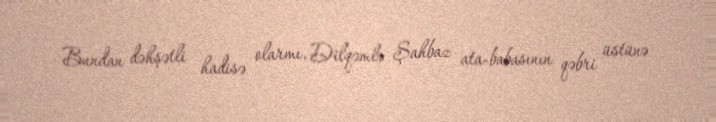
Bundan dəhşətli hadisə olarmı, Dilqəmlə Şahbaz ata-babasının qəbri üstünə